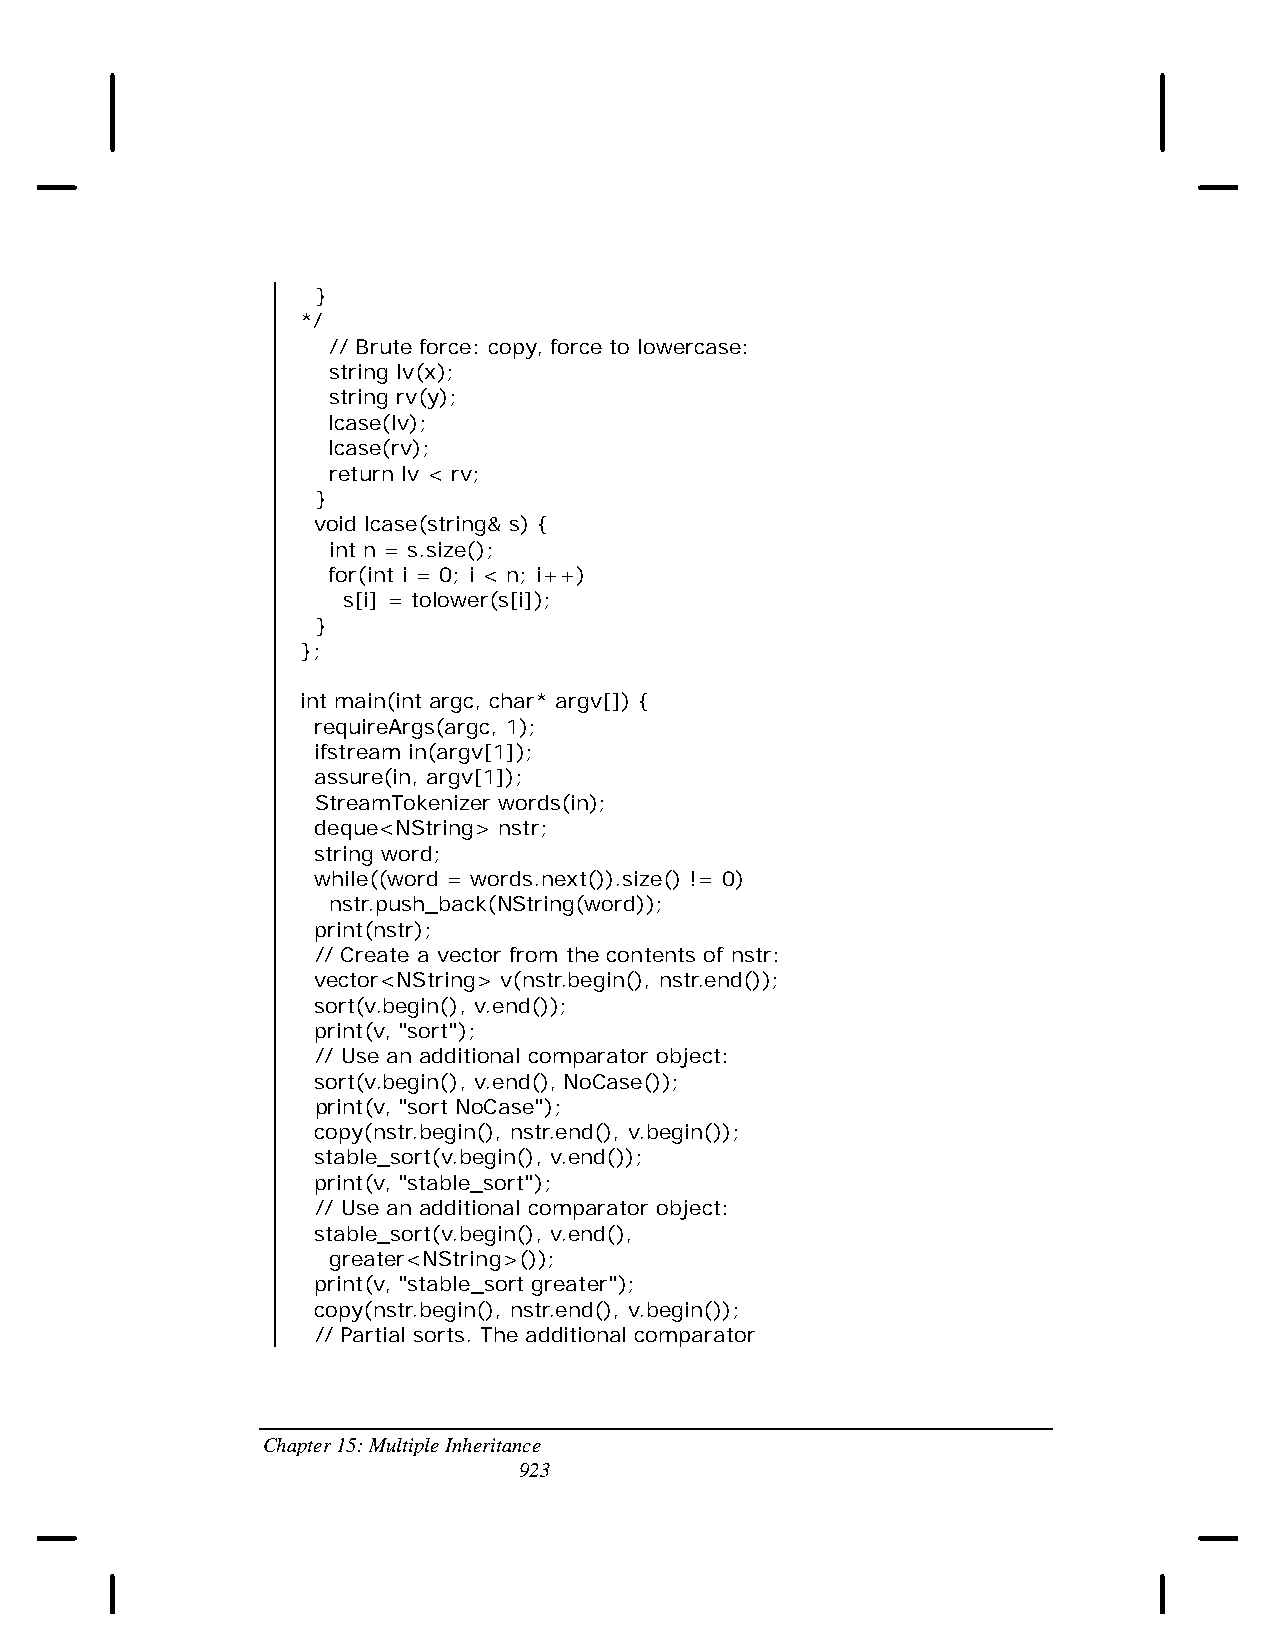
}
 */
 // Brute force: copy, force to lowercase:
 string lv(x);
 string rv(y);
 lcase(lv);
 lcase(rv);
 return lv < rv;
 }
 void lcase(string& s) {
 int n = s.size();
 for(int i = 0; i < n; i++)
 s[i] = tolower(s[i]);
 }
 };
 int main(int argc, char* argv[]) {
 requireArgs(argc, 1);
 ifstream in(argv[1]);
 assure(in, argv[1]);
 StreamTokenizer words(in);
 deque<NString> nstr;
 string word;
 while((word = words.next()).size() != 0)
 nstr.push_back(NString(word));
 print(nstr);
 // Create a vector from the contents of nstr:
 vector<NString> v(nstr.begin(), nstr.end());
 sort(v.begin(), v.end());
 print(v, "sort");
 // Use an additional comparator object:
 sort(v.begin(), v.end(), NoCase());
 print(v, "sort NoCase");
 copy(nstr.begin(), nstr.end(), v.begin());
 stable_sort(v.begin(), v.end());
 print(v, "stable_sort");
 // Use an additional comparator object:
 stable_sort(v.begin(), v.end(),
 greater<NString>());
 print(v, "stable_sort greater");
 copy(nstr.begin(), nstr.end(), v.begin());
 // Partial sorts. The additional comparator
 Chapter 15: Multiple Inheritance
 923